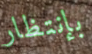
بإنتظار